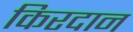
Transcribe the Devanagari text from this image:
किरदान